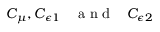
C _ { \mu } , C _ { \epsilon 1 } \mathrm { ~ \, ~ \ a ~ n ~ d ~ \, ~ \ } C _ { \epsilon 2 }